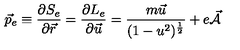
\vec { p } _ { e } \equiv \frac { \partial S _ { e } } { \partial \vec { r } } = \frac { \partial L _ { e } } { \partial \vec { u } } = \frac { m \vec { u } } { ( 1 - u ^ { 2 } ) ^ { \frac { 1 } { 2 } } } + e \vec { { \cal A } }